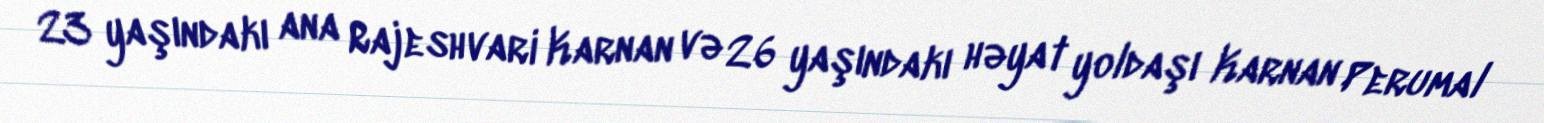
23 yaşındakı ana Rajeshvari Karnan və 26 yaşındakı həyat yoldaşı Karnan Perumal